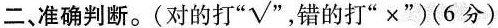
二、准确判断。(对的打”√“ ，错的打”×”)（6分）